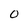
Character: 0